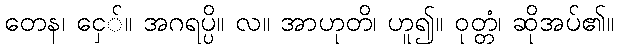
တေန၊ ငှေ်။ အဂရပ္ပိ။ လ။ အာဟုတိ၊ ဟူ၍။ ဝုတ္တံ၊ ဆိုအပ်၏။